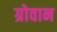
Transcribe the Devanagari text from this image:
ग्रोवान